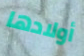
أولادها